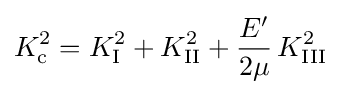
K_{\rm {c}}^{2}=K_{\rm {I}}^{2}+K_{\rm {II}}^{2}+{\frac {E'}{2\mu }}\,K_{\rm {III}}^{2}